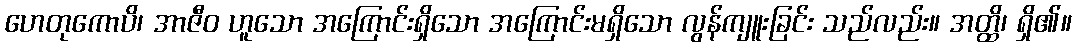
ဟေတုကောပိ၊ အာဇီဝ ဟူသော အကြောင်းရှိသော အကြောင်းမရှိသော လွန်ကျူးခြင်း သည်လည်း။ အတ္ထိ၊ ရှိ၏။